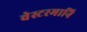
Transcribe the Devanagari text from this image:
वेस्टरमानि